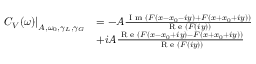
\begin{array} { r l } { \left. C _ { V } ( \omega ) \right\vert _ { A , \omega _ { 0 } , \gamma _ { L } , \gamma _ { G } } } & { = - A \frac { \textrm { I m } ( F ( x - x _ { 0 } - i y ) + F ( x + x _ { 0 } + i y ) ) } { \textrm { R e } ( F ( i y ) ) } } \\ & { + i A \frac { \textrm { R e } ( F ( x - x _ { 0 } + i y ) - F ( x + x _ { 0 } + i y ) ) } { \textrm { R e } ( F ( i y ) ) } } \end{array}